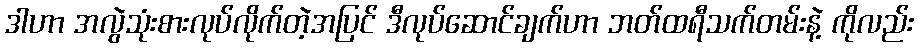
ဒါဟာ အလွဲသုံးစားလုပ်လိုက်တဲ့အပြင် ဒီလုပ်ဆောင်ချက်ဟာ ဘတ်ထရီသက်တမ်းနဲ့ ကိုလည်း